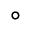
^ { \circ }